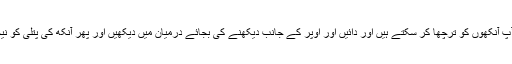
ایک اور ورزش میں آپ آنکھوں کو ترچھا کر سکتے ہیں اور دائیں اور اوپر کے جانب دیکھنے کی بجائے درمیان میں دیکھیں اور پھر آنکھ کی پتلی کو نیچے بائیں جانب لائیں۔